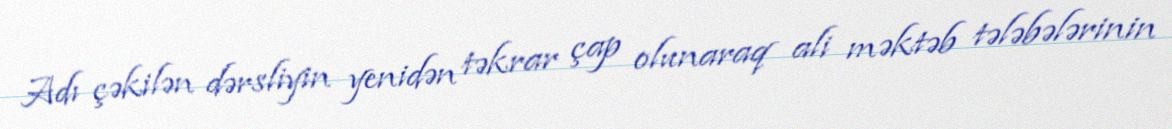
Adı çəkilən dərsliyin yenidən təkrar çap olunaraq ali məktəb tələbələrinin